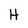
Character: H